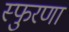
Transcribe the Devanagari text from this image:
स्फुरणा